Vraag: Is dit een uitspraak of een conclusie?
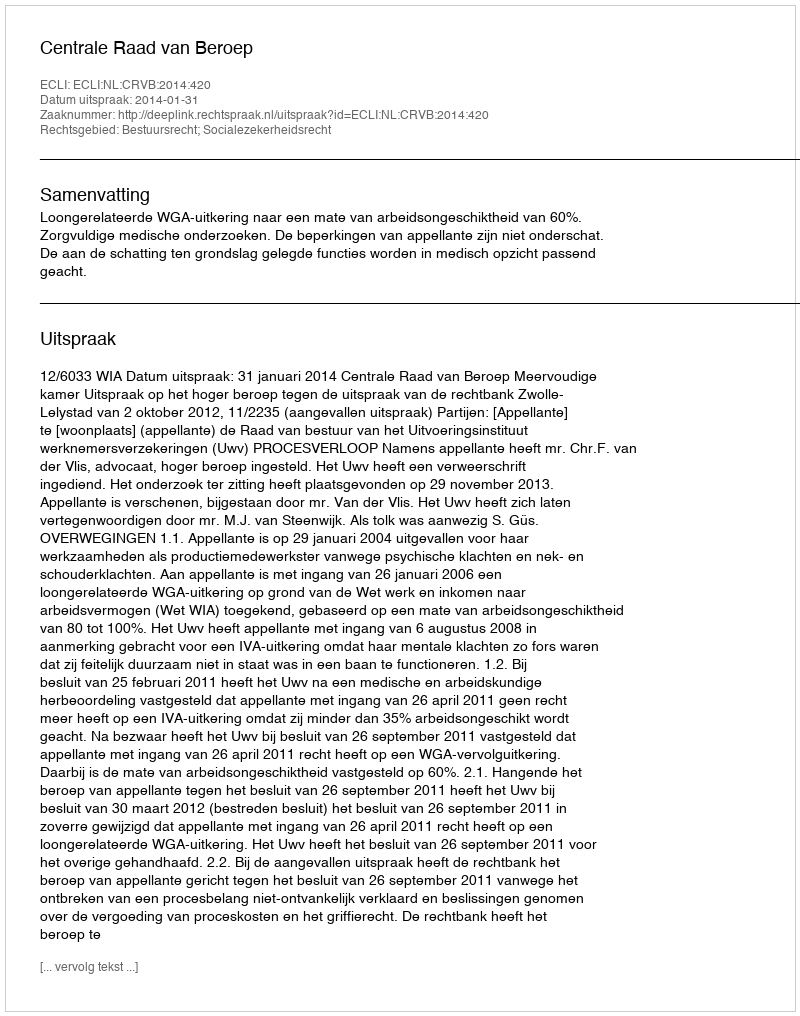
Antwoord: Uitspraak